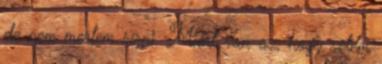
de nem mertem sírni. Miért van az, hogy velem